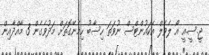
ޖީ.ސީ.އީ އޯ ލެވެލް އެކައުންޓްސް ނުވަތަ ހިސާބު ހިމެނޭގޮތަށް މަދުވެގެން 3 މާއްދާއިން